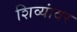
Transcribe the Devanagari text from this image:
शिव्यांवर